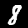
Label: 8